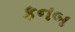
કનબ